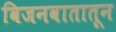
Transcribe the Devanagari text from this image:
विजनवातातून